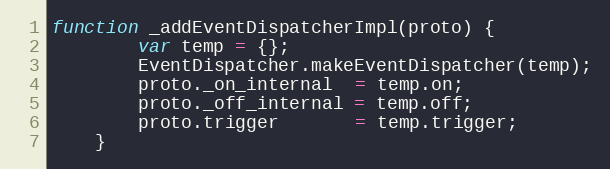
Language: JavaScript
function _addEventDispatcherImpl(proto) {
        var temp = {};
        EventDispatcher.makeEventDispatcher(temp);
        proto._on_internal  = temp.on;
        proto._off_internal = temp.off;
        proto.trigger       = temp.trigger;
    }